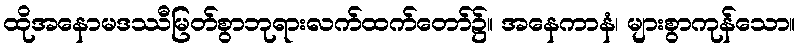
ထိုအနောမဒဿီမြတ်စွာဘုရားလက်ထက်တော်၌။ အနေကာနံ၊ များစွာကုန်သော။